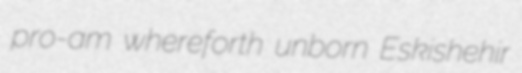
pro-am whereforth unborn Eskishehir